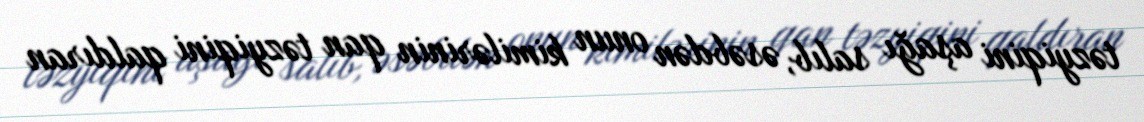
təzyiqini aşağı salıb, əsəbdən onun kimilərinin qan təzyiqini qaldıran